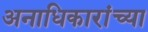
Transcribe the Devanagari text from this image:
अनाधिकारांच्या